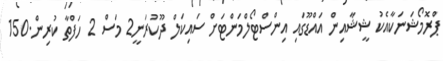
ޕްރޮމޯޝަނަކާއެކު ޝީޝާއިން އައްޑޫގައި އިންސްޓޯލްމަންޓަށް ސައިކަލް ދޫކުރަނީ2 މަސް 2 ހަފްތާ ކުރިން.150